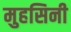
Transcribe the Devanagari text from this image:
मुहसिनी